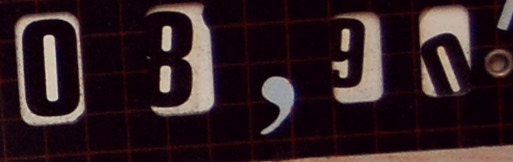
08,90